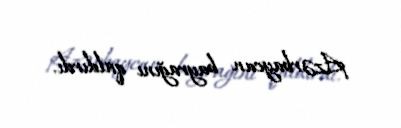
Azərbaycan bayrağını qaldırdı.